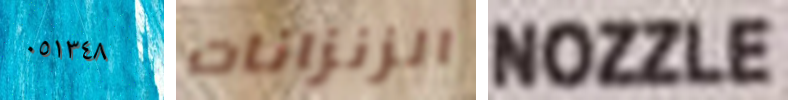
٠٥١٣٤٨ الزنزانات NOZZLE